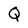
Character: Q